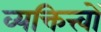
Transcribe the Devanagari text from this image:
व्यक्तित्त्वों